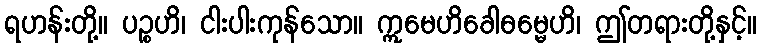
ရဟန်းတို့။ ပဉ္စဟိ၊ ငါးပါးကုန်သော။ ဣမေဟိခေါဓမ္မေဟိ၊ ဤတရားတို့နှင့်။